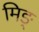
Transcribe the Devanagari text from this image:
मिङ्